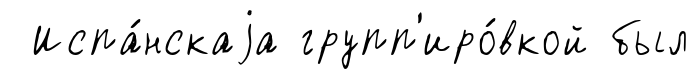
Испа́нскаjа групп'иро́вкой был